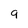
Character: 9